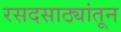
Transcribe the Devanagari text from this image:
रसदसाठ्यांतून